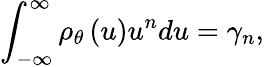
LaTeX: \int_{-\infty}^{\infty}\rho_{\theta}\left(u\right)u^{n}du=\gamma_{n},